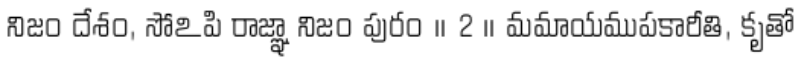
నిజం దేశం, సోఽపి రాజ్ఞా నిజం పురం ॥ 2 ॥ మమాయముపకారీతి, కృతో